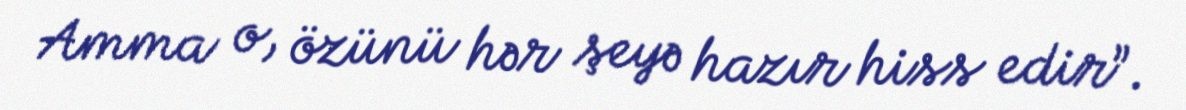
Amma o, özünü hər şeyə hazır hiss edir”.